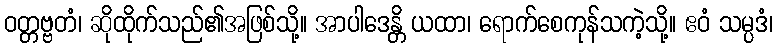
ဝတ္တဗ္ဗတံ၊ ဆိုထိုက်သည်၏အဖြစ်သို့။ အာပါဒေန္တိ ယထာ၊ ရောက်စေကုန်သကဲ့သို့။ ဧဝံ သမ္ပဒံ၊